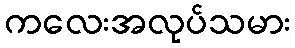
ကလေးအလုပ်သမား